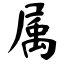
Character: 属